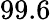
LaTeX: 99.6